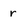
Character: r